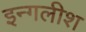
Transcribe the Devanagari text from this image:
इन्गलीश